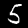
Digit: 5